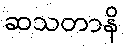
ဆသတာနိ